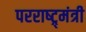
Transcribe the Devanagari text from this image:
परराष्ट्र्मंत्री